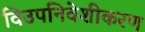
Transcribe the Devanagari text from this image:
विउपनिवेशीकरण